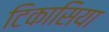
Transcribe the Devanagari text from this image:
टिकासिया